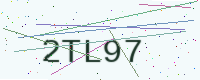
Text: 2TL97